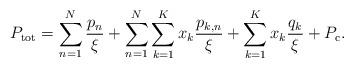
LaTeX: \begin{align*}P_{\rm{tot}}=\sum_{n=1}^{N}\frac{p_{n}}{\xi} + \sum_{n=1}^{N}\sum_{k=1}^{K}x_k\frac{p_{k,n}}{\xi}+\sum_{k=1}^{K}x_k\frac{q_{k}}{\xi}+P_\mathrm{c}.\end{align*}